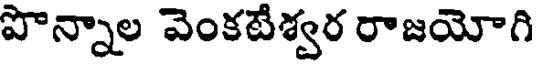
పొన్నాల వెంకటేశ్వర రాజయోగి